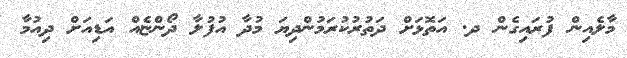
މާލެއިން ފުރައިގެން ދ. އަތޮޅަށް ދަތުރުކުރަމުންދިޔަ މުދާ އުފުލާ ދޯންޏެއް އަޑިއަށް ދިއުމާ